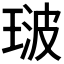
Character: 𭹢